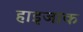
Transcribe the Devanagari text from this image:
हाइजाक